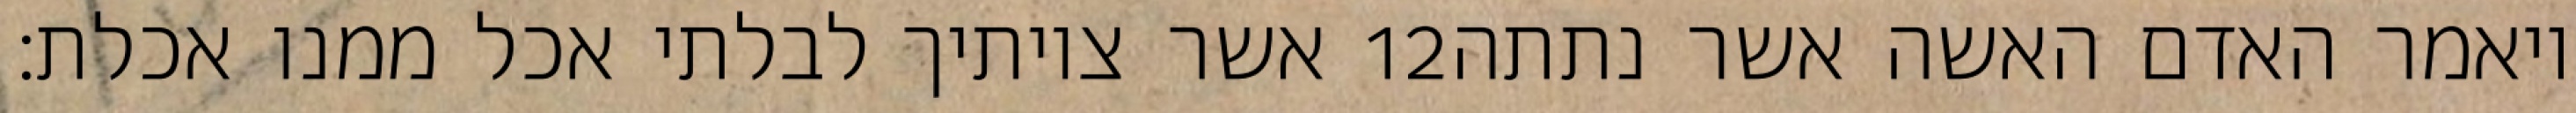
אשר צויתיך לבלתי אכל ממנו אכלת׃ ‎12‏ ויאמר האדם האשה אשר נתתה